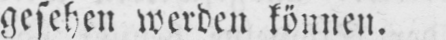
gesehen werden können.